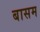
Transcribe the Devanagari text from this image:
बासम